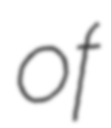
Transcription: of